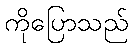
ကိုပြောသည်